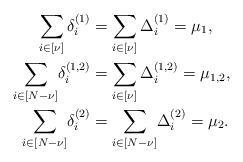
LaTeX: \begin{align*}\begin{aligned}\sum_{i\in [\nu]}\delta_i^{(1)}&=\sum_{i\in [\nu]}\Delta_i^{(1)}=\mu_1,\\\sum_{i\in [N-\nu]}\!\delta_i^{(1,2)}&=\sum_{i\in [\nu]}\Delta_i^{(1,2)}=\mu_{1,2},\\\sum_{i\in [N-\nu]}\!\delta_i^{(2)}&=\sum_{i\in [N-\nu]}\!\Delta_i^{(2)}=\mu_2.\end{aligned}\end{align*}